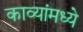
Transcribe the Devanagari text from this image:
काव्यांमध्ये